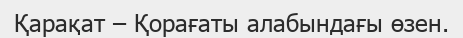
Қарақат – Қорағаты алабындағы өзен.